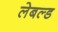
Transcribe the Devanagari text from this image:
लेबल्ड